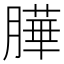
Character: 𦠜